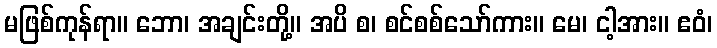
မဖြစ်ကုန်ရာ။ ဘော၊ အချင်းတို့။ အပိ စ၊ စင်စစ်သော်ကား။ မေ၊ ငါ့အား။ ဧဝံ၊